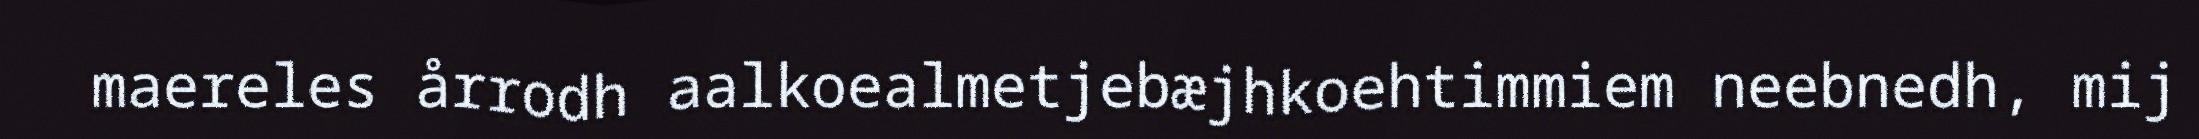
maereles årrodh aalkoealmetjebæjhkoehtimmiem neebnedh, mij